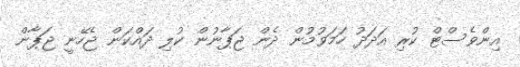
އިންވެސްޓް ކުރި އަދަދު ހަމަވުމުން ދެން ޖަޕާނުން ކުލި ދައްކަން ޖެހޭނީ ޖަޕާން